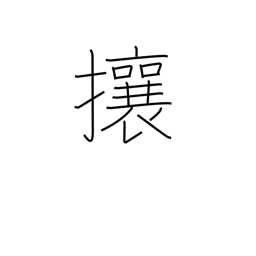
Meaning: chase away